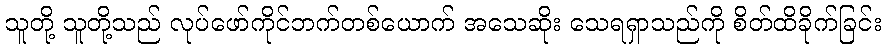
သူတို့ သူတို့သည် လုပ်ဖော်ကိုင်ဘက်တစ်ယောက် အသေဆိုး သေရရှာသည်ကို စိတ်ထိခိုက်ခြင်း